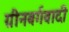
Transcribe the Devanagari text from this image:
ग्रीनबर्गवादी